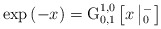
\begin{align*}\exp \left( -x \right)=\operatorname{G}_{0,1}^{1,0}\left[ x\left| _{0}^{-} \right. \right]\end{align*}